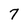
Character: 7